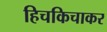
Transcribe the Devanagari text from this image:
हिचकिचाकर